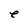
Character: e